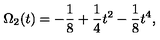
\Omega _ { 2 } ( t ) = - { \frac { 1 } { 8 } } + { \frac { 1 } { 4 } } t ^ { 2 } - { \frac { 1 } { 8 } } t ^ { 4 } ,